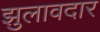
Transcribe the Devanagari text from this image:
झुलावदार